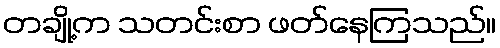
တချို့က သတင်းစာ ဖတ်နေကြသည်။